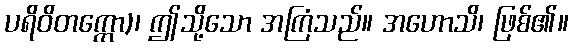
ပရိဝိတက္ကော)၊ ဤသို့သော အကြံသည်။ အဟောသိ၊ ဖြစ်၏။